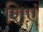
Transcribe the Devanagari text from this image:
शिएं